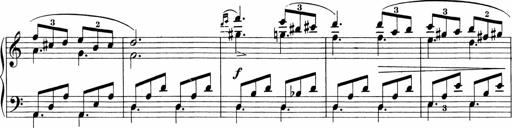
Title: 3 Sonatinas
Composer: Carl Reinecke